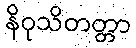
နိဝုသိတတ္တာ